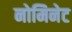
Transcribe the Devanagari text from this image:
नोमिनेट